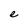
Character: e